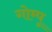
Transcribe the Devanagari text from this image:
गोम्‍पू